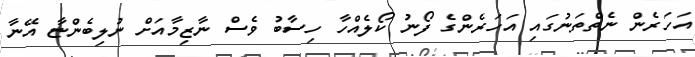
އަހަރެން ނެތްތަނުގައި އަހަރެންގެ ފޯނު ކޯލެއްހާ ހިސާބު ވެސް ނާޒިމާއަށް ނުލިބެންޏާ އޭނާ